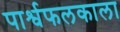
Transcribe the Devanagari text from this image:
पार्श्वफलकाला